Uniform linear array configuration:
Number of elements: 16
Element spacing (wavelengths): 1
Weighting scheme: hamming
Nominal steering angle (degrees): -45
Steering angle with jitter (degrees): -46.622
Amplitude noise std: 0.05
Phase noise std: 0.05

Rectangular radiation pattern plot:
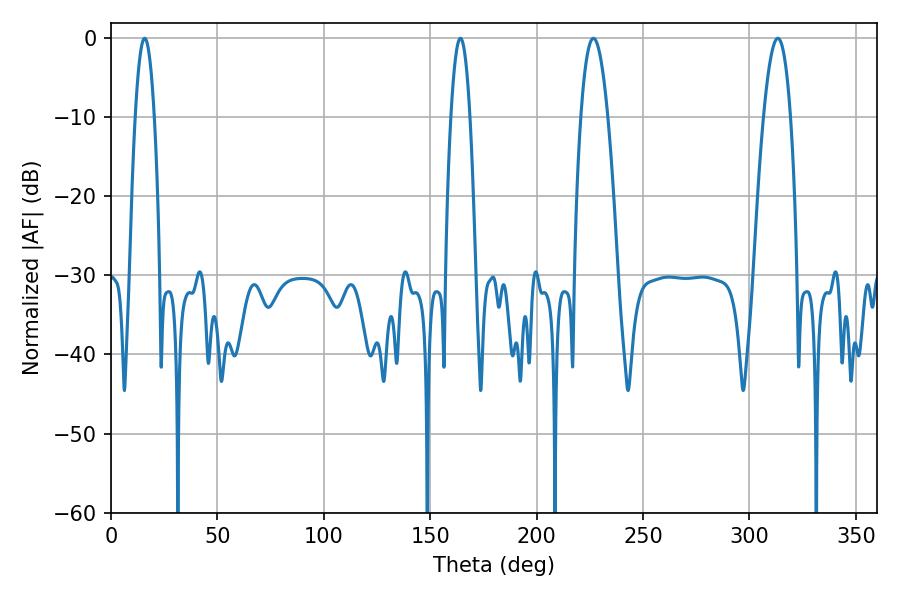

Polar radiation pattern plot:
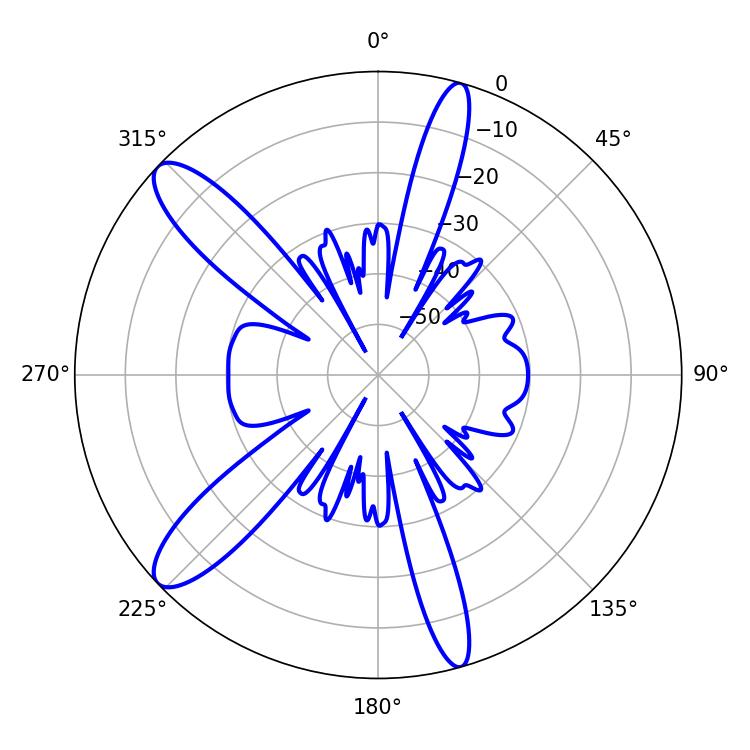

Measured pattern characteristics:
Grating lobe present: TRUE
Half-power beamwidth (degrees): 5.04
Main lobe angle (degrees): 15.84